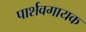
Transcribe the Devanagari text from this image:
पार्शवगायक